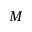
M